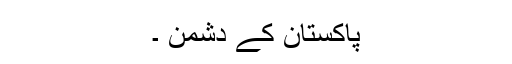
پاکستان کے دشمن ۔